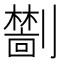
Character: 𫦜